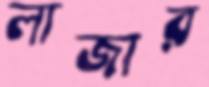
লাজার